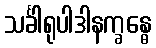
သင်္ခါရုပါဒါနက္ခန္ဓေ